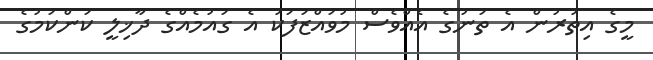
މީގެ އިތުރުން އެ ތަނުގެ އެއްވެސް މުވައްޒަފަކު އެ ގައުމެއްގެ ދާޚިލީ ކަންކަމުގެ